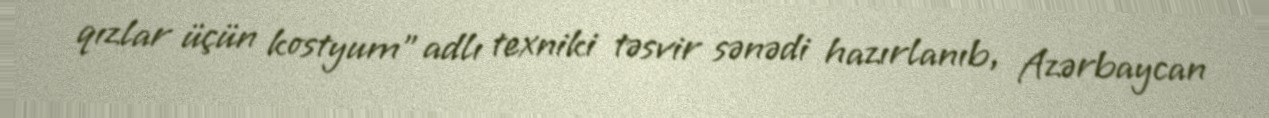
qızlar üçün kostyum” adlı texniki təsvir sənədi hazırlanıb, Azərbaycan